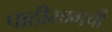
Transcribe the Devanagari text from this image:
पाठीमागची